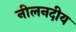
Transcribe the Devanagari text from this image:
नीलनदीय